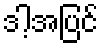
ဒါ့အပြင်